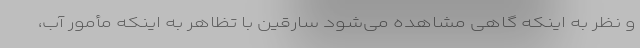
و نظر به اینکه گاهی مشاهده می‌شود سارقین با تظاهر به اینکه مأمور آب،